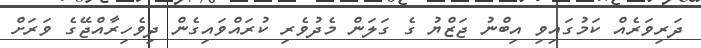
ދަރިވަރެއް ކަމުގައިވި އިބްނު ޖަޒްޔު ގެ ގަލަން މެދުވެރި ކުރައްވައިގެން ދިވެހިރާއްޖޭގެ ވަރަށް